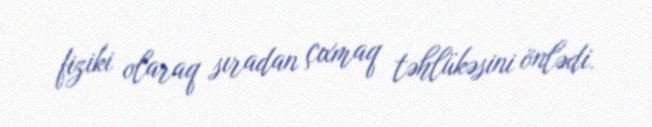
fiziki olaraq sıradan çıxmaq təhlükəsini önlədi.